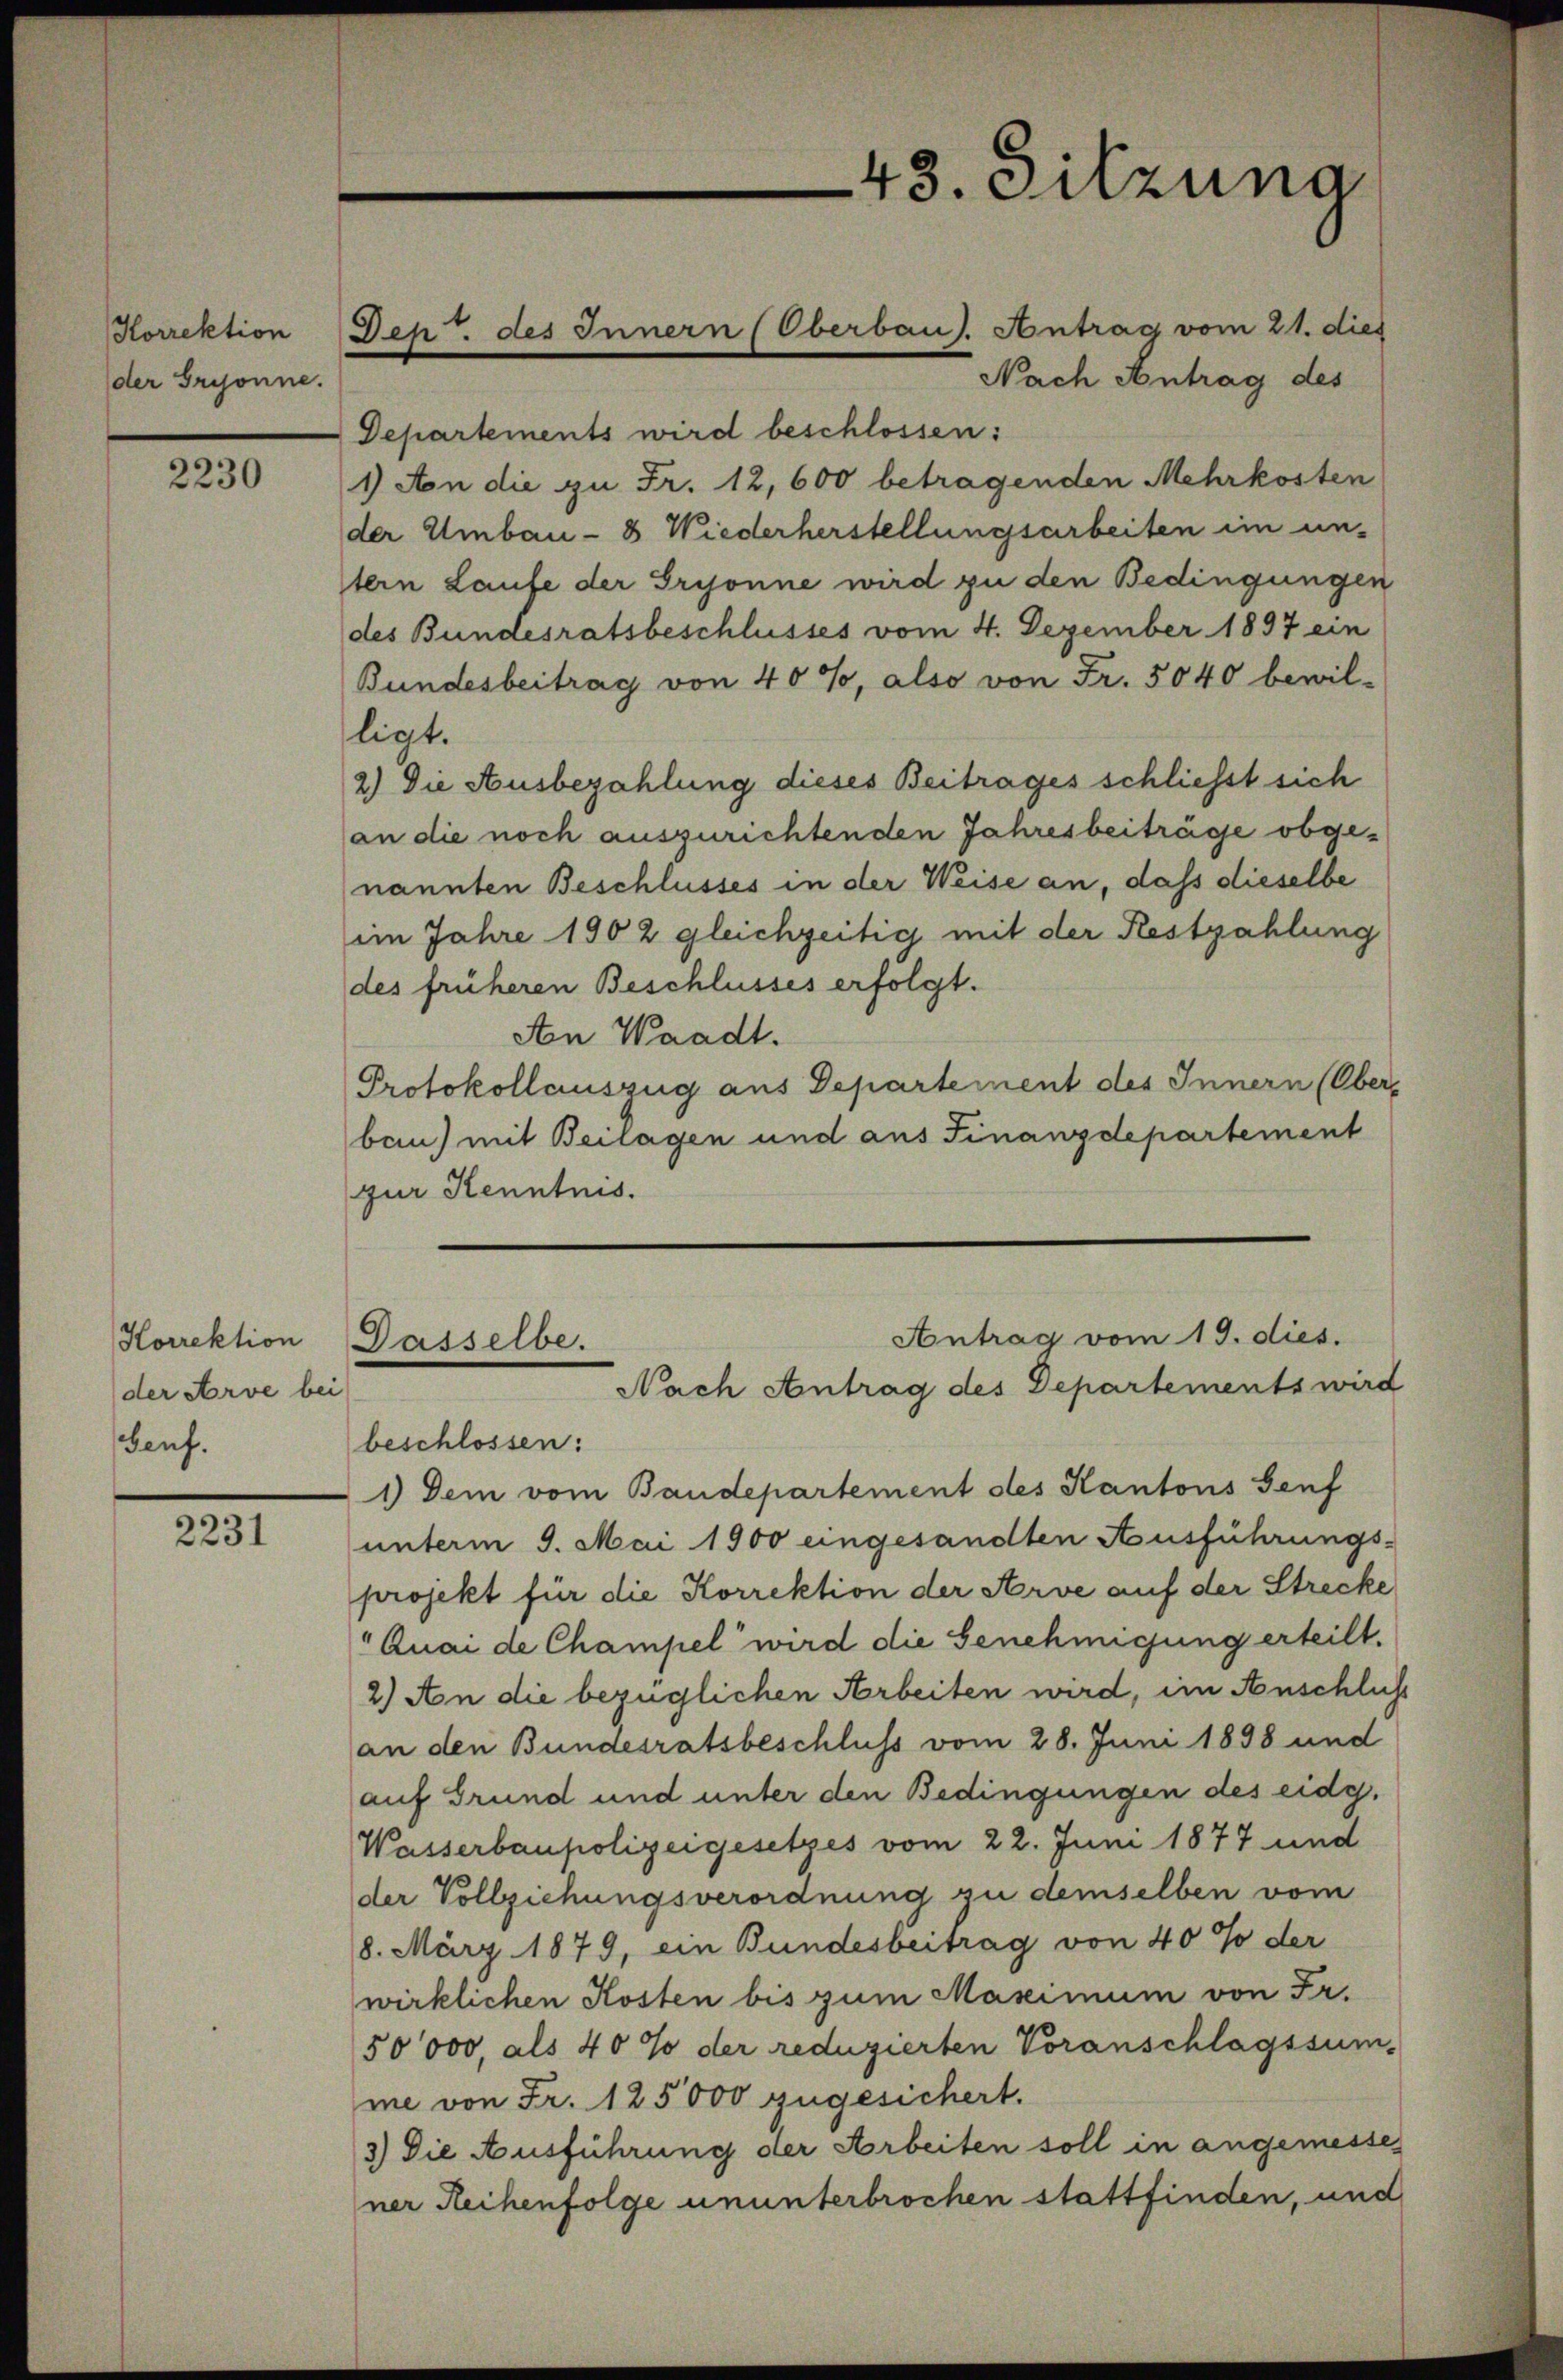
Korrektion
der Grisonne.

2230

Horrektion
der Arve bei
Genf.

2231

Nach Antrag des
Departements wird beschlossen:
1) An die zu Fr. 12,600 betragenden Mehrkosten
der Umbau - 8 Wiederherstellungsarbeiten im un-
tern Laufe der Grisonne wird zu den Bedingungen
des Bundesratsbeschlusses vom 4. Dezember 1897 ein
Bundesbeitrag von 40%, also von Fr. 5040 bewil-
ligt.
2) Die Ausbezahlung dieses Beitrages schliesst sich
an die noch auszurichtenden Jahresbeiträge obgenannten Beschlusses in der Weise an, dass dieselbe
im Jahre 1902 gleichzeitig mit der Restzahlung
des früheren Beschlusses erfolgt.
An Waadt.
Protokollauszug aus Departement des Innern (Oberbau) mit Beilagen und aus Finanzdepartement
zur Kenntnis.
Antrag vom 19. dies.
Dasselbe.
Nach Antrag des Departements wird
beschlossen:
1) Dem vom Baudepartement des Kantons Genf
unterm 9. Mai 1900 eingesandten Ausführungs-
projekt für die Korrektion der Arve auf der Strecke
Quai de Champel wird die Genehmigung erteilt.
2.) An die bezüglichen Arbeiten wird, im Anschluß
an den Bundesratsbeschluss vom 28. Juni 1898 und
auf Grund und unter den Bedingungen des eidg.
Wasserbaupolizeigesetzes vom 22. Juni 1877 und
der Vollziehungsverordnung zu demselben vom
8. März 1879, ein Bundesbeitrag von 40% der
wirklichen Kosten bis zum Maximum von Fr.
50,000, als 40 % der reduzierten Voranschlagssum-
me von Fr. 125000 zugesichert.
3) Die Ausführung der Arbeiten soll in angemessener Reihenfolge ununterbrochen stattfinden, und

Dep. des Innern (Oberbaus. Antrag vom 21. dies

43. Sitzung